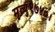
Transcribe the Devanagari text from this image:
मृत्यु१७४०।